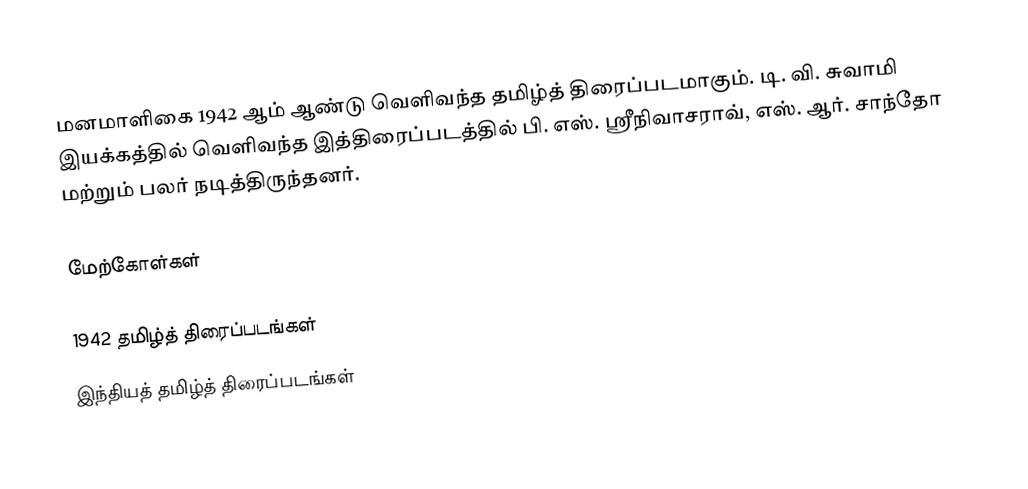
மனமாளிகை 1942 ஆம் ஆண்டு வெளிவந்த தமிழ்த் திரைப்படமாகும். டி. வி. சுவாமி இயக்கத்தில் வெளிவந்த இத்திரைப்படத்தில் பி. எஸ். ஸ்ரீநிவாசராவ், எஸ். ஆர். சாந்தோ மற்றும் பலர் நடித்திருந்தனர்.

மேற்கோள்கள்

1942 தமிழ்த் திரைப்படங்கள்
இந்தியத் தமிழ்த் திரைப்படங்கள்